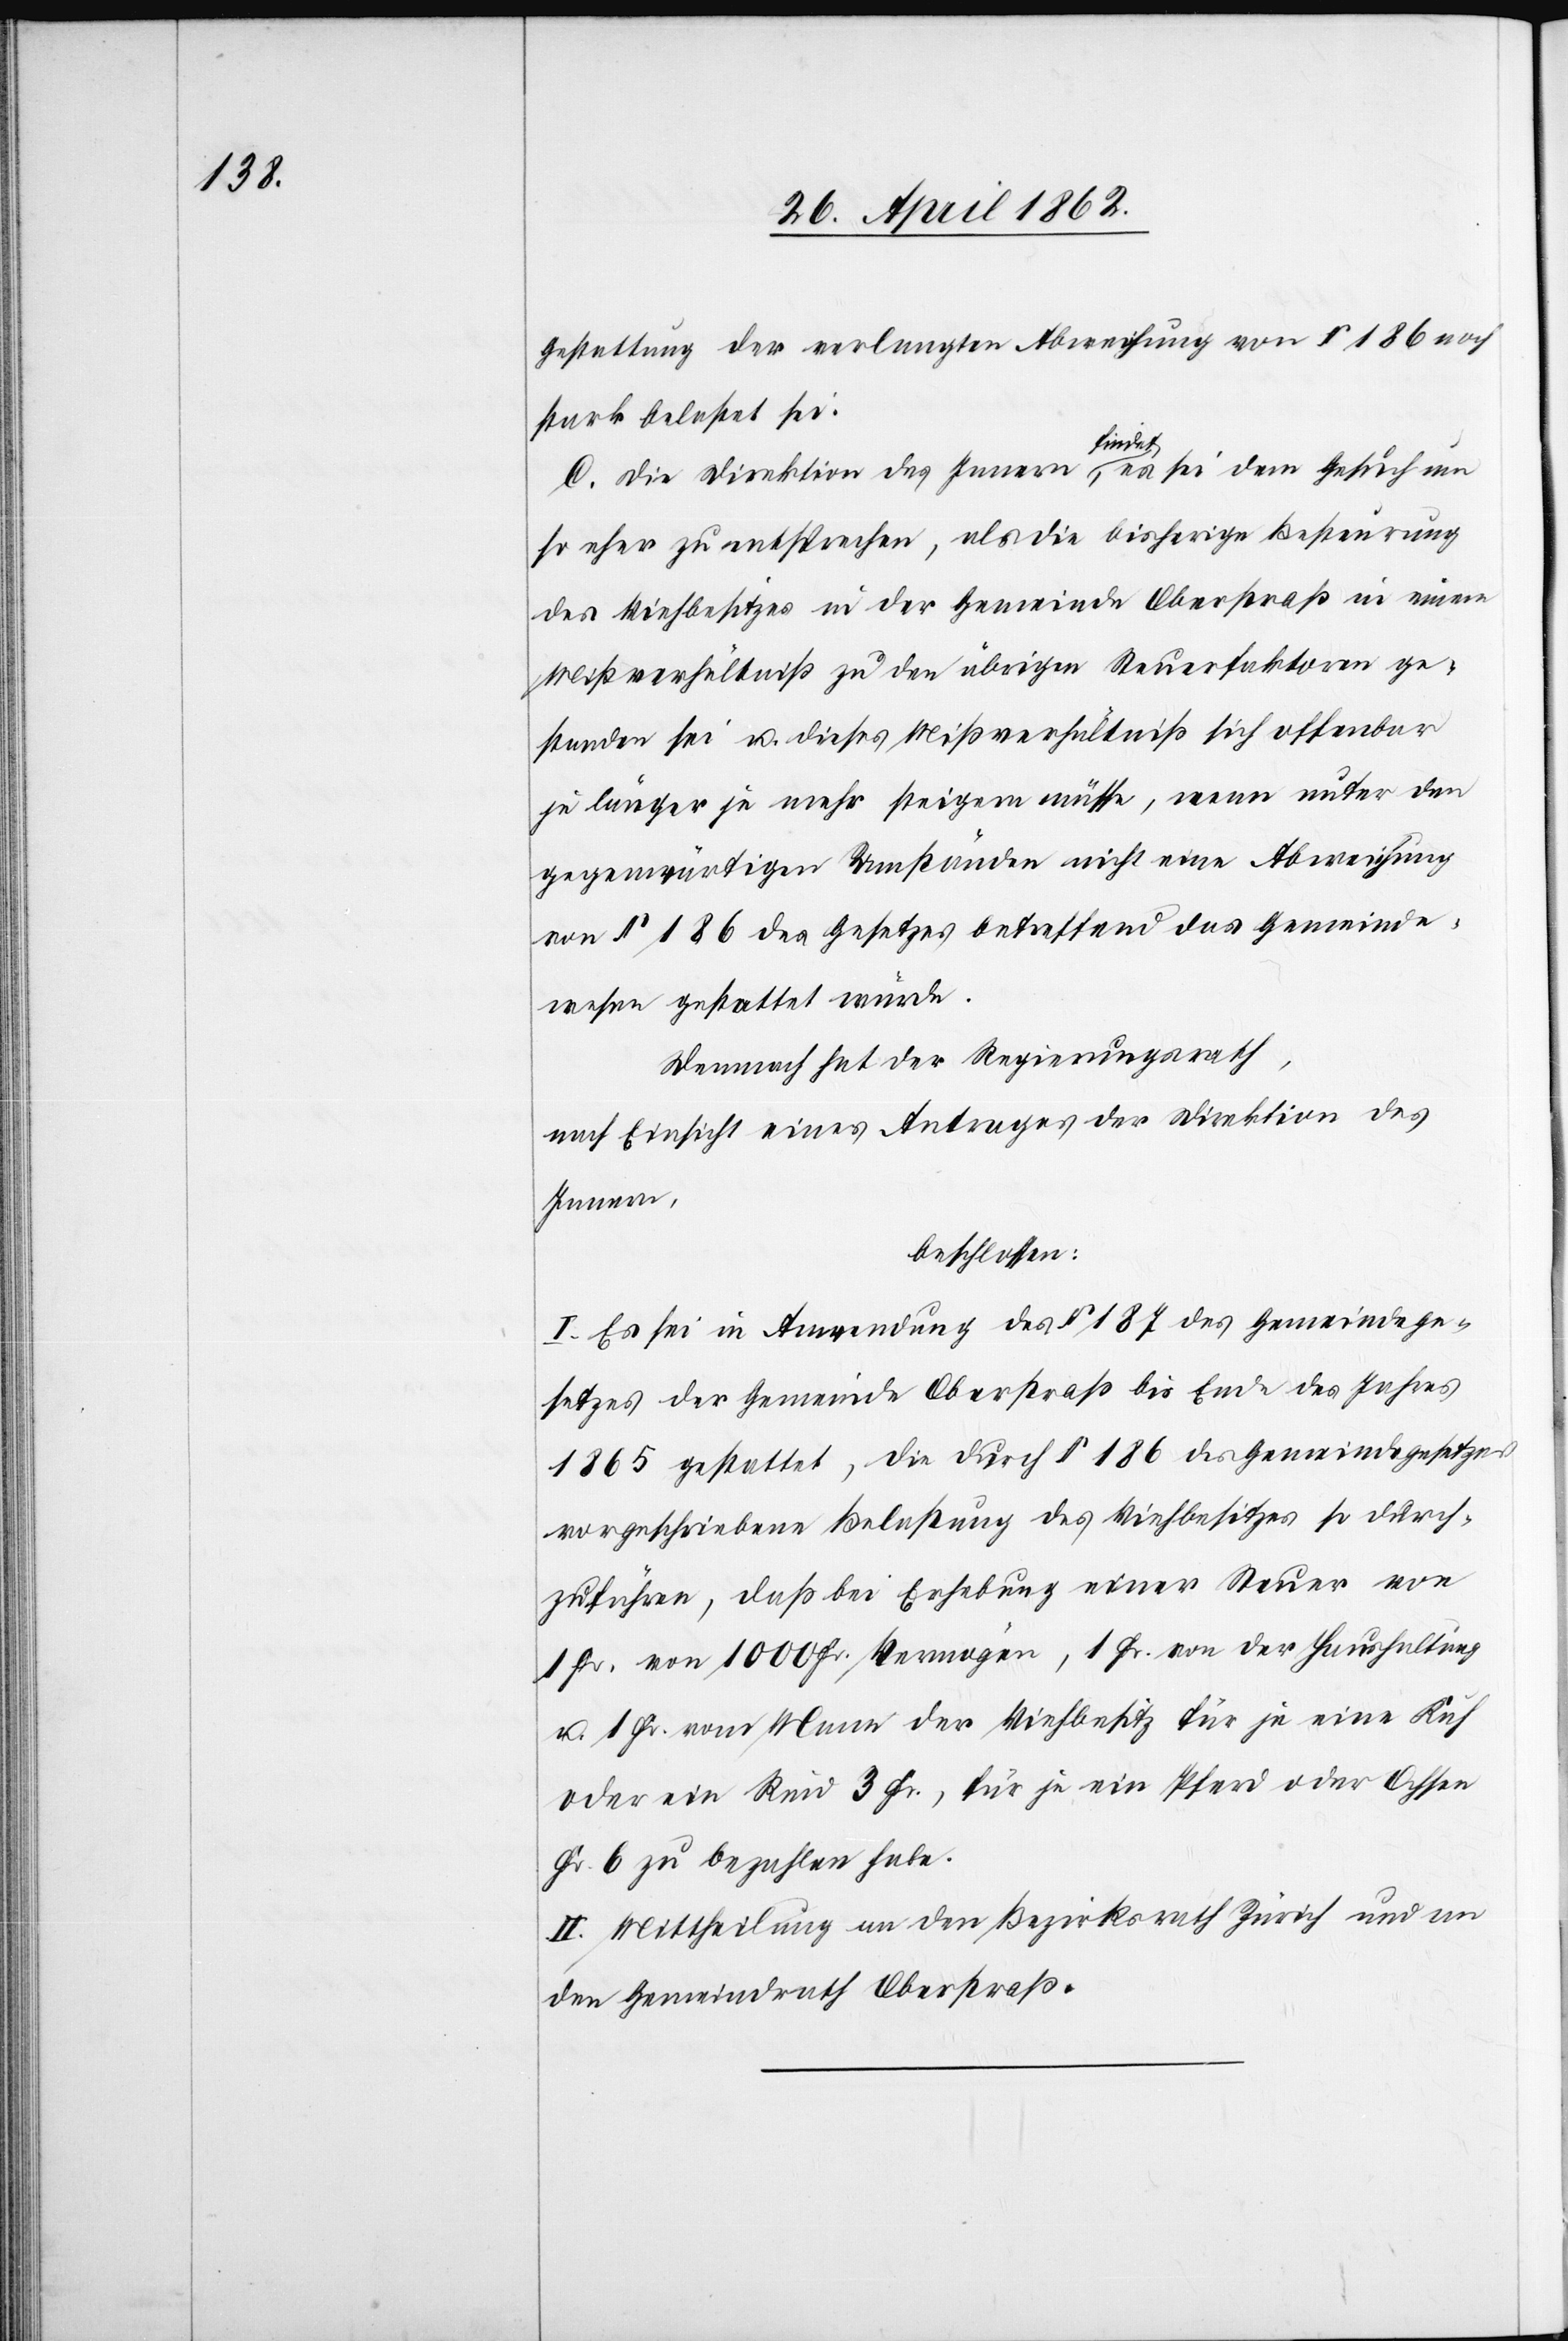
Gestattung der verlangten Abweichung von § 186 noch
stark belastet sei.
C. Die Direktion des Innern findet, es sei dem Gesuch um
so eher zu entsprechen, als die bisherige Besteuerung
des Viehbesitzes in der Gemeinde Oberstraß in einem
Mißverhältniß zu den übrigen Steuerfaktoren ge¬
standen sei u. dieses Mißverhältniß sich offenbar
je länger je mehr steigern müsse, wenn unter den
gegenwärtigen Umständen nicht eine Abweichung
von §. 186 des Gesetzes betreffend das Gemeinde¬
wesen gestattet würde.
Demnach hat der Regierungsrath,
nach Einsicht eines Antrages der Direktion des
Innern,
beschlossen:
I. Es sei in Anwendung des § 187 des Gemeindege¬
setzes der Gemeinde Oberstraß bis Ende des Jahres
1865 gestattet, die durch §. 186 des Gemeindegesetzes
vorgeschriebene Belastung des Viehbesitzes so durch¬
zuführen, daß die Erhebung einer Steuer von
1 Fr. von 1000 Fr. Vermögen, 1 Fr. von der Haushaltung
u. 1 Fr. vom Mann der Viehbesitz für je eine Kuh
oder ein Rind 3 Fr., für je ein Pferd oder Ochsen
Fr. 6 zu bezahlen habe.
II. Mittheilung an den Bezirksrath Zürich und an
den Gemeindrath Oberstraß.